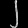
Digit: ၂